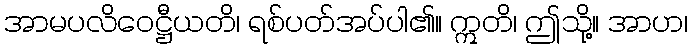
အာမပလိဝေဋ္ဌီယတိ၊ ရစ်ပတ်အပ်ပါ၏။ ဣတိ၊ ဤသို့။ အာဟ၊